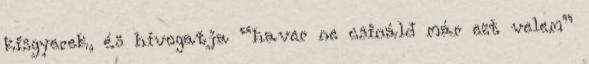
kisgyerek, és hívogatja “haver ne csináld már ezt velem”